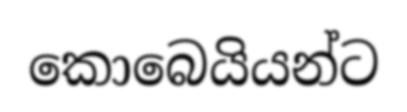
කොබෙයියන්ට